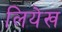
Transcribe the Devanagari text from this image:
लियेख